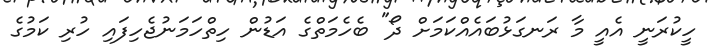
ހީކުރަނީ އެއީ މާ ރަނގަޅުބައެއްކަމަށް ދޯ" ބެހެމަތްގެ އަޑުން ހިތްހަމަނުޖެހިފައި ހުރި ކަމުގެ